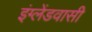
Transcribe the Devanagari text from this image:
इंग्लेंडवासी